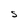
Character: S